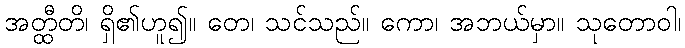
အတ္ထီတိ၊ ရှိ၏ဟူ၍။ တေ၊ သင်သည်။ ကော၊ အဘယ်မှာ။ သုတောဝါ၊